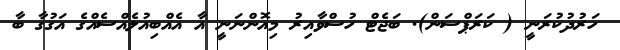
ހަރުދުކުރަނީ ( ކަރަޕްސަން). ބަޖެޓް ހުސްވާއިރު މިއޮންނަނީ އާ އެއްބިއުލެއްސެއްގެ އަގުގާ ބާ